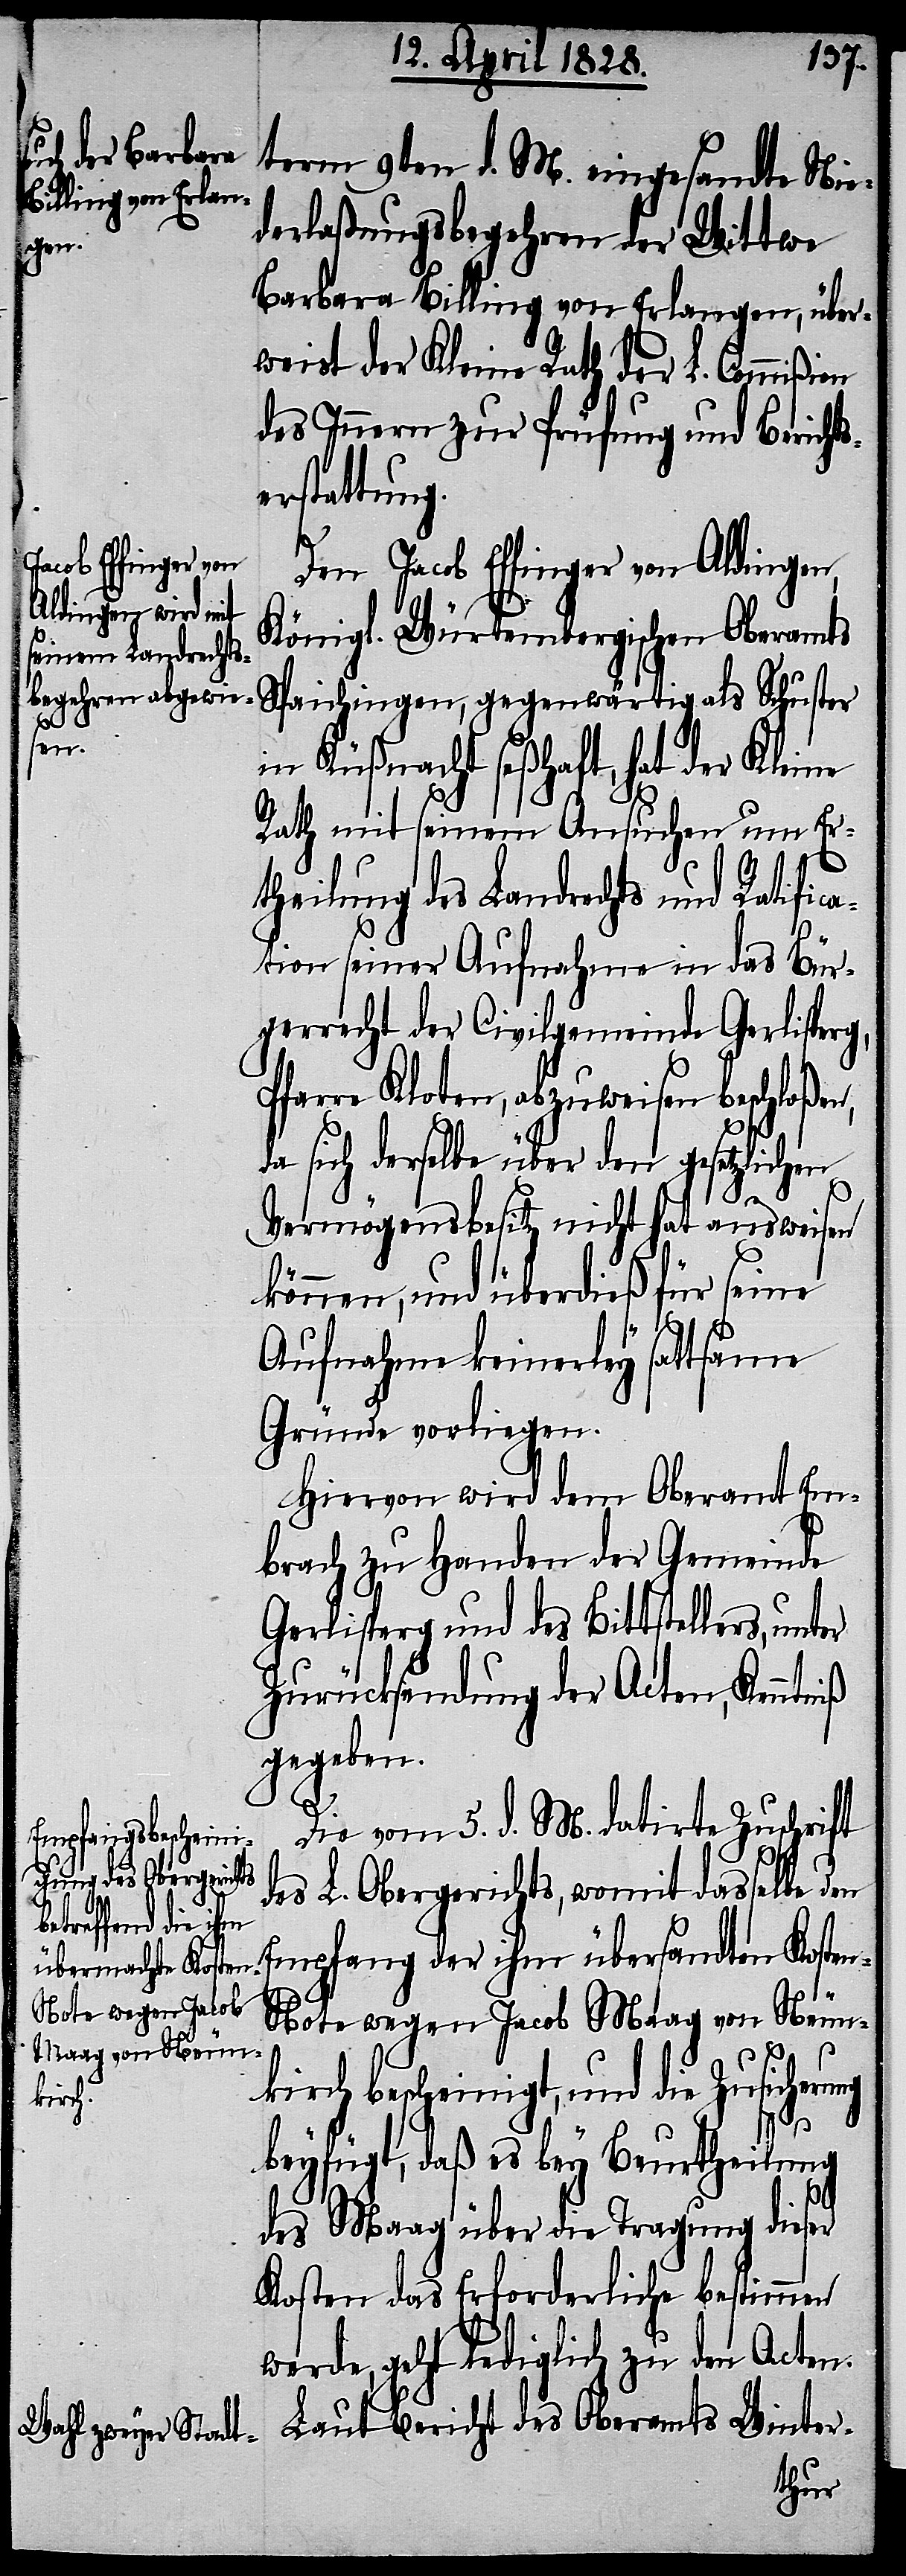
term 9ten d. M. eingesandte Nie¬
derlaßungsbegehren der Wittwe
Barbara Billing von Erlangen, über¬
weist der Kleine Rath der L. Commißion
des Innern zur Prüfung und Berichts¬
erstattung.
Den Jacob Effinger von Aldingen,
Königl. Würtembergischen Oberamts
Spaichingen, gegenwärtig als Schuster
über¬
in Küßnacht seßhaft, hat der Kleine
Rath mit seinem Ansuchen um Er¬
theilung des Landrechts und Ratifica¬
tion seiner Aufnahme in das Bür¬
gerrecht der Civilgemeinde Gerlisperg,
Pfarre Kloten, abzuweisen beschloßen,
da sich derselbe über den gesetzlichen
Vermögensbesitz nicht hat ausweisen
können, und überdieß für seine
Aufnahme keinerley sattsame
Gründe vorliegen.
Hiervon wird dem Oberamt Em¬
brach zu Handen der Gemeinde
Gerlisperg und des Bittstellers, un¬
Zurücksendung der Acten, Kenntniß
gegeben.
Die vom 5. d. M. datirte Zuschrift
sandten Kosten-N¬
des L. Obergerichts, womit dasselbe den
ote wegen Jacob
Maag von Neun¬
kirch bescheinigt, und die Zusicherung
beyfügt, daß es bey Beurtheilung
des Maag über die Tragung dieser
Kosten das Erforderliche bestimmen
werde, geht lediglich zu den Acten.
Laut Bericht des Oberamts Winter-